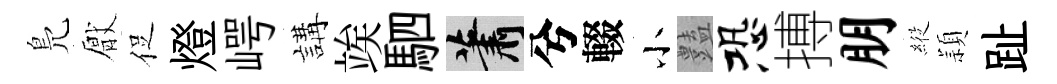
鳬厭促燈崿講竢駟蕭兮輟小𧰟恐搏朋𦂵頴趾